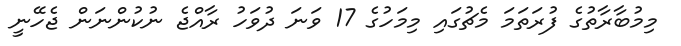
މިމުބާރާތުގެ ފުރަތަމަ މެޗުގައި މިމަހުގެ 17 ވަނަ ދުވަހު ރާއްޖެ ނުކުންނަން ޖެހޭނީ